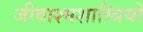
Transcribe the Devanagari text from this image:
जीवाश्मशास्त्रियों